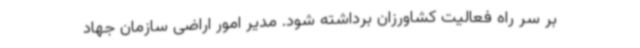
بر سر راه فعالیت کشاورزان برداشته شود. مدیر امور اراضی سازمان جهاد